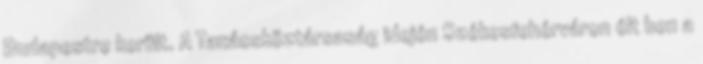
Budapestre került. A Tanácsköztársaság idején Székesfehérváron élt ben a